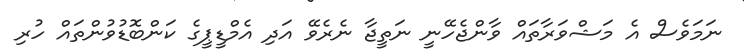
ނަމަވެސް އެ މަޝްވަރާތައް ވާންޖެހޭނީ ނަތީޖާ ނެރެވޭ އަދި އެމްޑީޕީގެ ކަންބޮޑުވުންތައް ހުރި